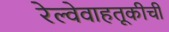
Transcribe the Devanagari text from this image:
रेल्वेवाहतूकीची